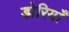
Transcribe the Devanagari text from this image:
डोरियाँ